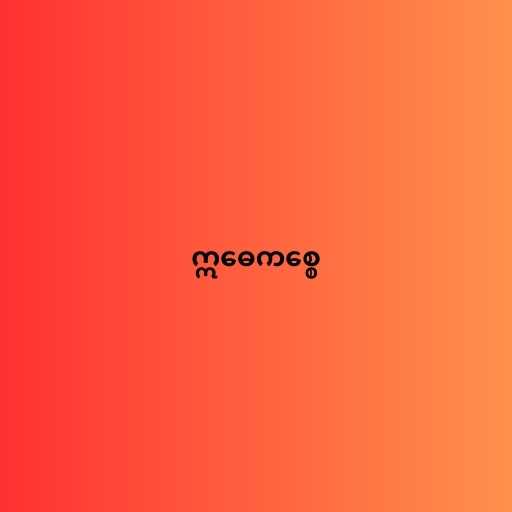
ဣဓေကစ္စေ